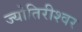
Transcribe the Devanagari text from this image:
ज्योतिरीश्‍वर